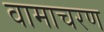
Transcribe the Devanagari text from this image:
वामाचरण